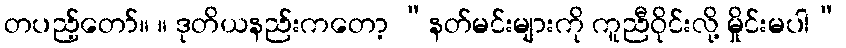
တပည့်တော်။ ။ ဒုတိယနည်းကတော့ “နတ်မင်းများကို ကူညီဝိုင်းလို့ မှိုင်းမပါ”